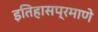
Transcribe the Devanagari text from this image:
इतिहासप्रमाणे